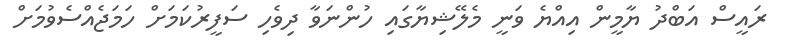
ރައީސް އަބްދު ޔާމީން އިއްޔެ ވަނީ މެލޭޝިޔާގައި ހުންނަވާ ދިވެހި ސަފީރުކަމަށް ހަމަޖެއްސެވުމަށް